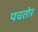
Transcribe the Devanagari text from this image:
पचतोर